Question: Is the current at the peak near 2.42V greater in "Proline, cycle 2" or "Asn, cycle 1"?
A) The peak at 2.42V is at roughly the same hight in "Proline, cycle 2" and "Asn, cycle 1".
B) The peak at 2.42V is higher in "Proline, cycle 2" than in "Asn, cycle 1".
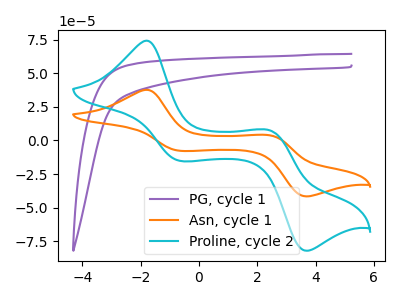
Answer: <think>The purple curve "PG, cycle 1" has no peaks. The orange curve "Asn, cycle 1" has anodic peaks at (-1.80V, 37.60uA) (2.40V, 3.80uA) and cathodic peaks at (-0.65V, -7.75uA) (3.70V, -41.65uA). The cyan curve "Proline, cycle 2" has anodic peaks at (-1.80V, 74.15uA) (2.40V, 7.55uA) and cathodic peaks at (-0.65V, -15.30uA) (3.70V, -82.10uA).</think>
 <answer>B) The peak at 2.42V is higher in "Proline, cycle 2" than in "Asn, cycle 1".</answer>
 <eval>B</eval>